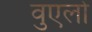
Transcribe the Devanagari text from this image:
वुएलो